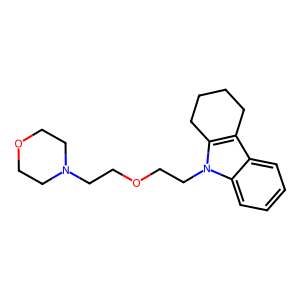
SMILES: c1ccc2c(c1)c1c(n2CCOCCN2CCOCC2)CCCC1
Inhibits HIV replication: No